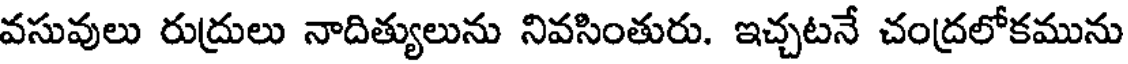
వసువులు రుద్రులు నాదిత్యులును నివసింతురు. ఇచ్చటనే చంద్రలోకమును